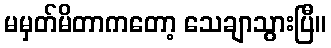
မမှတ်မိတာကတော့ သေချာသွားပြီ။